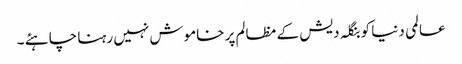
عالمی دنیا کو بنگلہ دیش کے مظالم پر خاموش نہیں رہنا چاہئے ۔